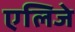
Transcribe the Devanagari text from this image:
एलिजे